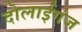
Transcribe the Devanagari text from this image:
दोलाईगंज